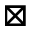
\boxtimes